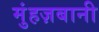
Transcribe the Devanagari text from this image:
मुंहज़बानी